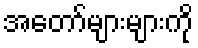
အတော်များများကို